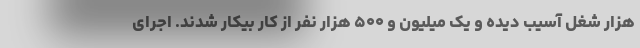
هزار شغل آسیب دیده و یک میلیون و ۵۰۰ هزار نفر از کار بیکار شدند. اجرای